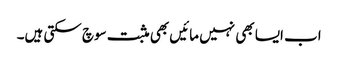
اب ایسا بھی نہیں مائیں بھی مثبت سوچ سکتی ہیں۔